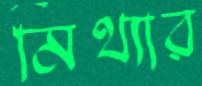
মিথ্যার